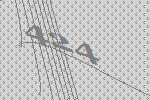
424